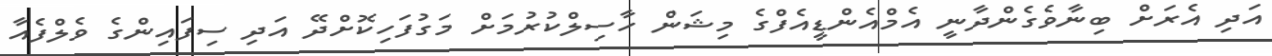
އަދި އެރަށް ބިނާވެގެންދާނީ އެމްއެންޑީއެފްގެ މިޝަން ހާސިލްކުރުމަށް މަގުފަހިކޮށްދޭ އަދި ސިފައިންގެ ވެލްފެއާ